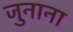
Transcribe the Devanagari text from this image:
जुनाना